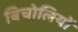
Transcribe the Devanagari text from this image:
बिचोलियों